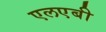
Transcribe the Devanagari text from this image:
एलएबी